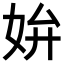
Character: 𡛞